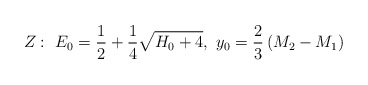
\begin{align*}Z:~E_0={1\over 2}+{1\over 4}\sqrt{H_0+4},~y_0={2\over 3}\left(M_2-M_1\right)\end{align*}